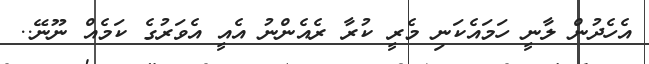
އެހެދުން ލާނީ ހަމައެކަނި މެރީ ކުރާ ރެއެންނު އެއީ އެވަރުގެ ކަމެއް ނޫނޭ..